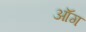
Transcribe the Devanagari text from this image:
ऑंग